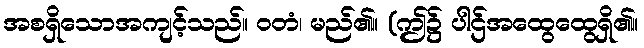
အစရှိသောအကျင့်သည်။ ဝတံ၊ မည်၏။ (ဤ၌ ပါဌ်အထွေထွေရှိ၏။